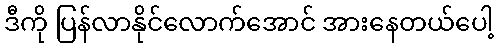
ဒီကို ပြန်လာနိုင်လောက်အောင် အားနေတယ်ပေါ့